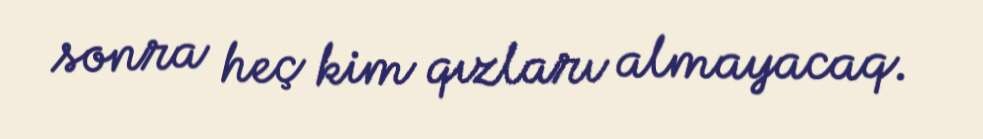
sonra heç kim qızları almayacaq.